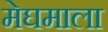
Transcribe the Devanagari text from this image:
मेघमाला